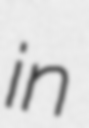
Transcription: in